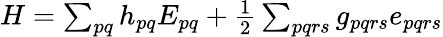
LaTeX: \begin{array}{r}{H=\sum_{pq}h_{pq}E_{pq}+\frac{1}{2}\sum_{pqrs}g_{pqrs}e_{pqrs}}\end{array}